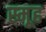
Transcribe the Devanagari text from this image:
स्मूह